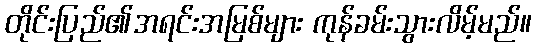
တိုင်းပြည်၏အရင်းအမြစ်များ ကုန်ခမ်းသွားလိမ့်မည်။